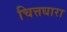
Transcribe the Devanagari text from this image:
चित्तधारा